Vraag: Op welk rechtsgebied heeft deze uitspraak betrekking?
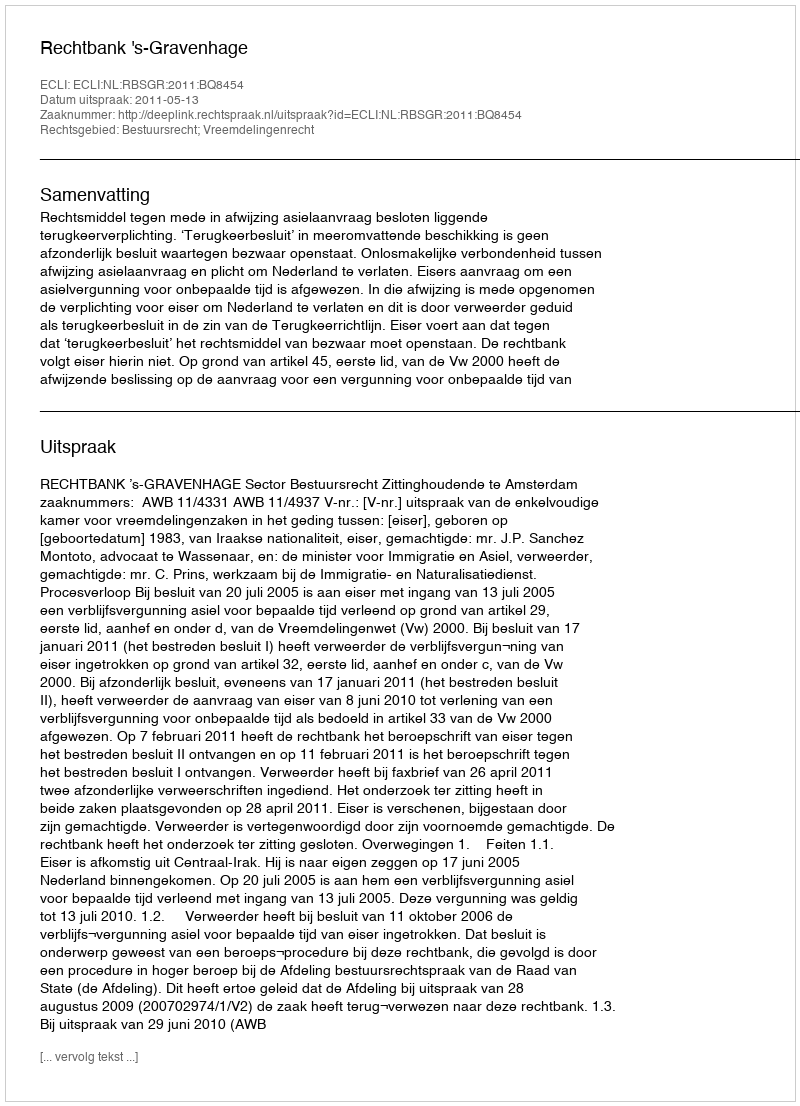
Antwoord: Bestuursrecht; Vreemdelingenrecht